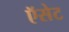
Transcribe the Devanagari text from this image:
ऍसेट